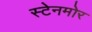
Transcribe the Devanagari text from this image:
स्टेनमोर